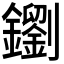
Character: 𨮸